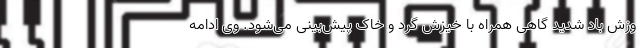
وزش باد شدید گاهی همراه با خیزش گرد و خاک پیش‌بینی می‌شود. وی ادامه